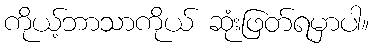
ကိုယ့်ဘာသာကိုယ် ဆုံးဖြတ်ရမှာပါ။